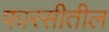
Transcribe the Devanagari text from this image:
फारसीतील